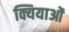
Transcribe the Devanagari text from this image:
क्यियाओं